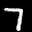
Label: 7